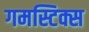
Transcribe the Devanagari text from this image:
गमस्टिक्स